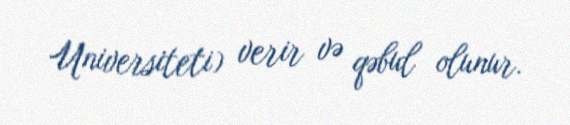
Universiteti) verir və qəbul olunur.